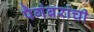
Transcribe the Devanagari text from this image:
पैगंबरांची